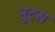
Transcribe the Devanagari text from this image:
नुट्स